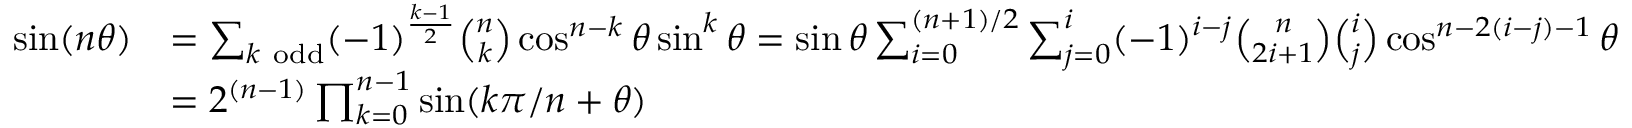
{ \begin{array} { r l } { \sin ( n \theta ) } & { = \sum _ { k { \mathrm { ~ o d d } } } ( - 1 ) ^ { \frac { k - 1 } { 2 } } { \binom { n } { k } } \cos ^ { n - k } \theta \sin ^ { k } \theta = \sin \theta \sum _ { i = 0 } ^ { ( n + 1 ) / 2 } \sum _ { j = 0 } ^ { i } ( - 1 ) ^ { i - j } { \binom { n } { 2 i + 1 } } { \binom { i } { j } } \cos ^ { n - 2 ( i - j ) - 1 } \theta } \\ { } & { = 2 ^ { ( n - 1 ) } \prod _ { k = 0 } ^ { n - 1 } \sin ( k \pi / n + \theta ) } \end{array} }